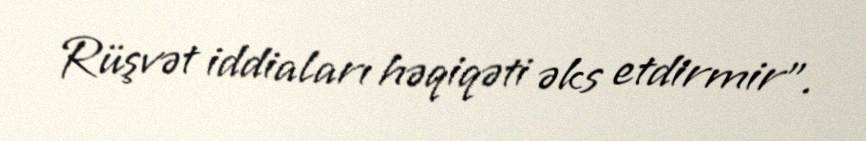
Rüşvət iddiaları həqiqəti əks etdirmir".